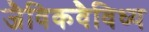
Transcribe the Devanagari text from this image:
जैविकवैविध्य